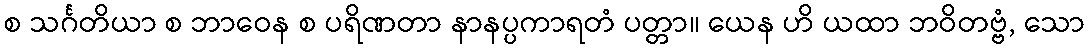
စ သင်္ဂတိယာ စ ဘာဝေန စ ပရိဏတာ နာနပ္ပကာရတံ ပတ္တာ။ ယေန ဟိ ယထာ ဘဝိတဗ္ဗံ, သော